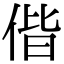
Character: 偕